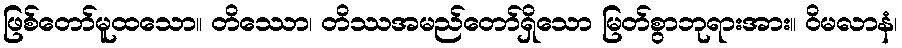
ဖြစ်တော်မူထသော။ တိဿော၊ တိဿအမည်တော်ရှိသော မြတ်စွာဘုရားအား။ ဝိမလာနံ၊